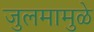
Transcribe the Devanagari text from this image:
जुलमामुळे